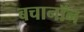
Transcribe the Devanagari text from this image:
बचानॉन